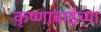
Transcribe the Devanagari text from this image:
कृष्णाबाईच्या